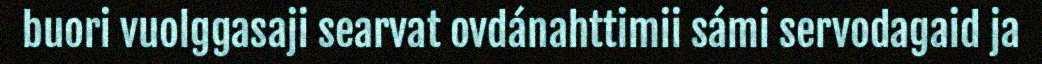
buori vuolggasaji searvat ovdánahttimii sámi servodagaid ja